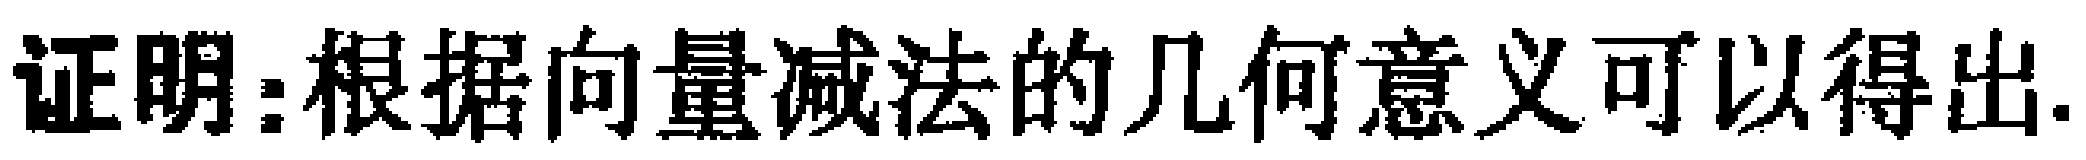
证明：根据向量减法的几何意义可以得出.